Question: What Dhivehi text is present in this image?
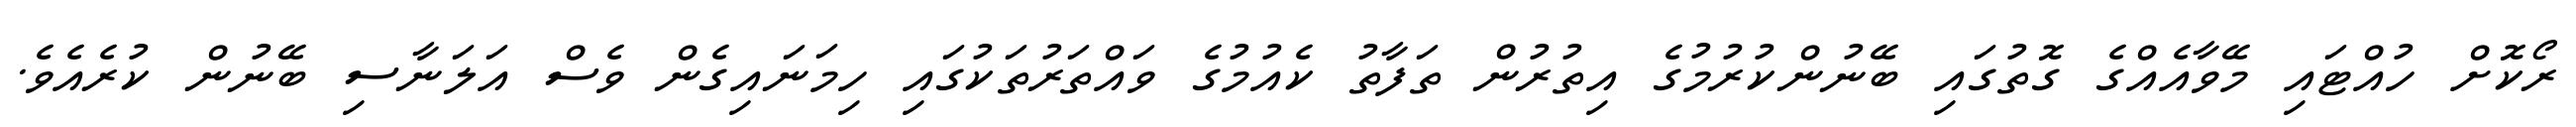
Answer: ރޯކޮށް ހުއްޓައި މޭވާއެއްގެ ގޮތުގައި ބޭނުންކުރުމުގެ އިތުރުން ތަފާތު ކެއުމުގެ ވައްތަރުތަކުގައި ހިމަނައިގެން ވެސް އަލަނާސި ބޭނުން ކުރެއެވެ.